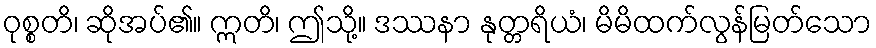
ဝုစ္စတိ၊ ဆိုအပ်၏။ ဣတိ၊ ဤသို့။ ဒဿနာ နုတ္တရိယံ၊ မိမိထက်လွန်မြတ်သော